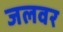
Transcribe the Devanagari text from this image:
जलवर